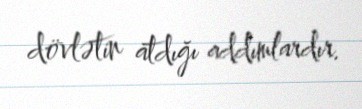
dövlətin atdığı addımlardır.